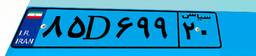
۸۵D۶۹۹۲۰